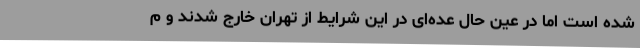
شده است اما در عین حال عده‌ای در این شرایط از تهران خارج شدند و م